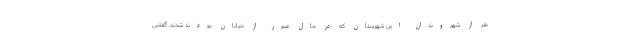
نفر از شهروندان این شهرستان که در حال عبور از خیابان بودند شدند. گفتنی